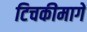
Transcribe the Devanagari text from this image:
टिचकीमागे